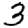
Digit: 3